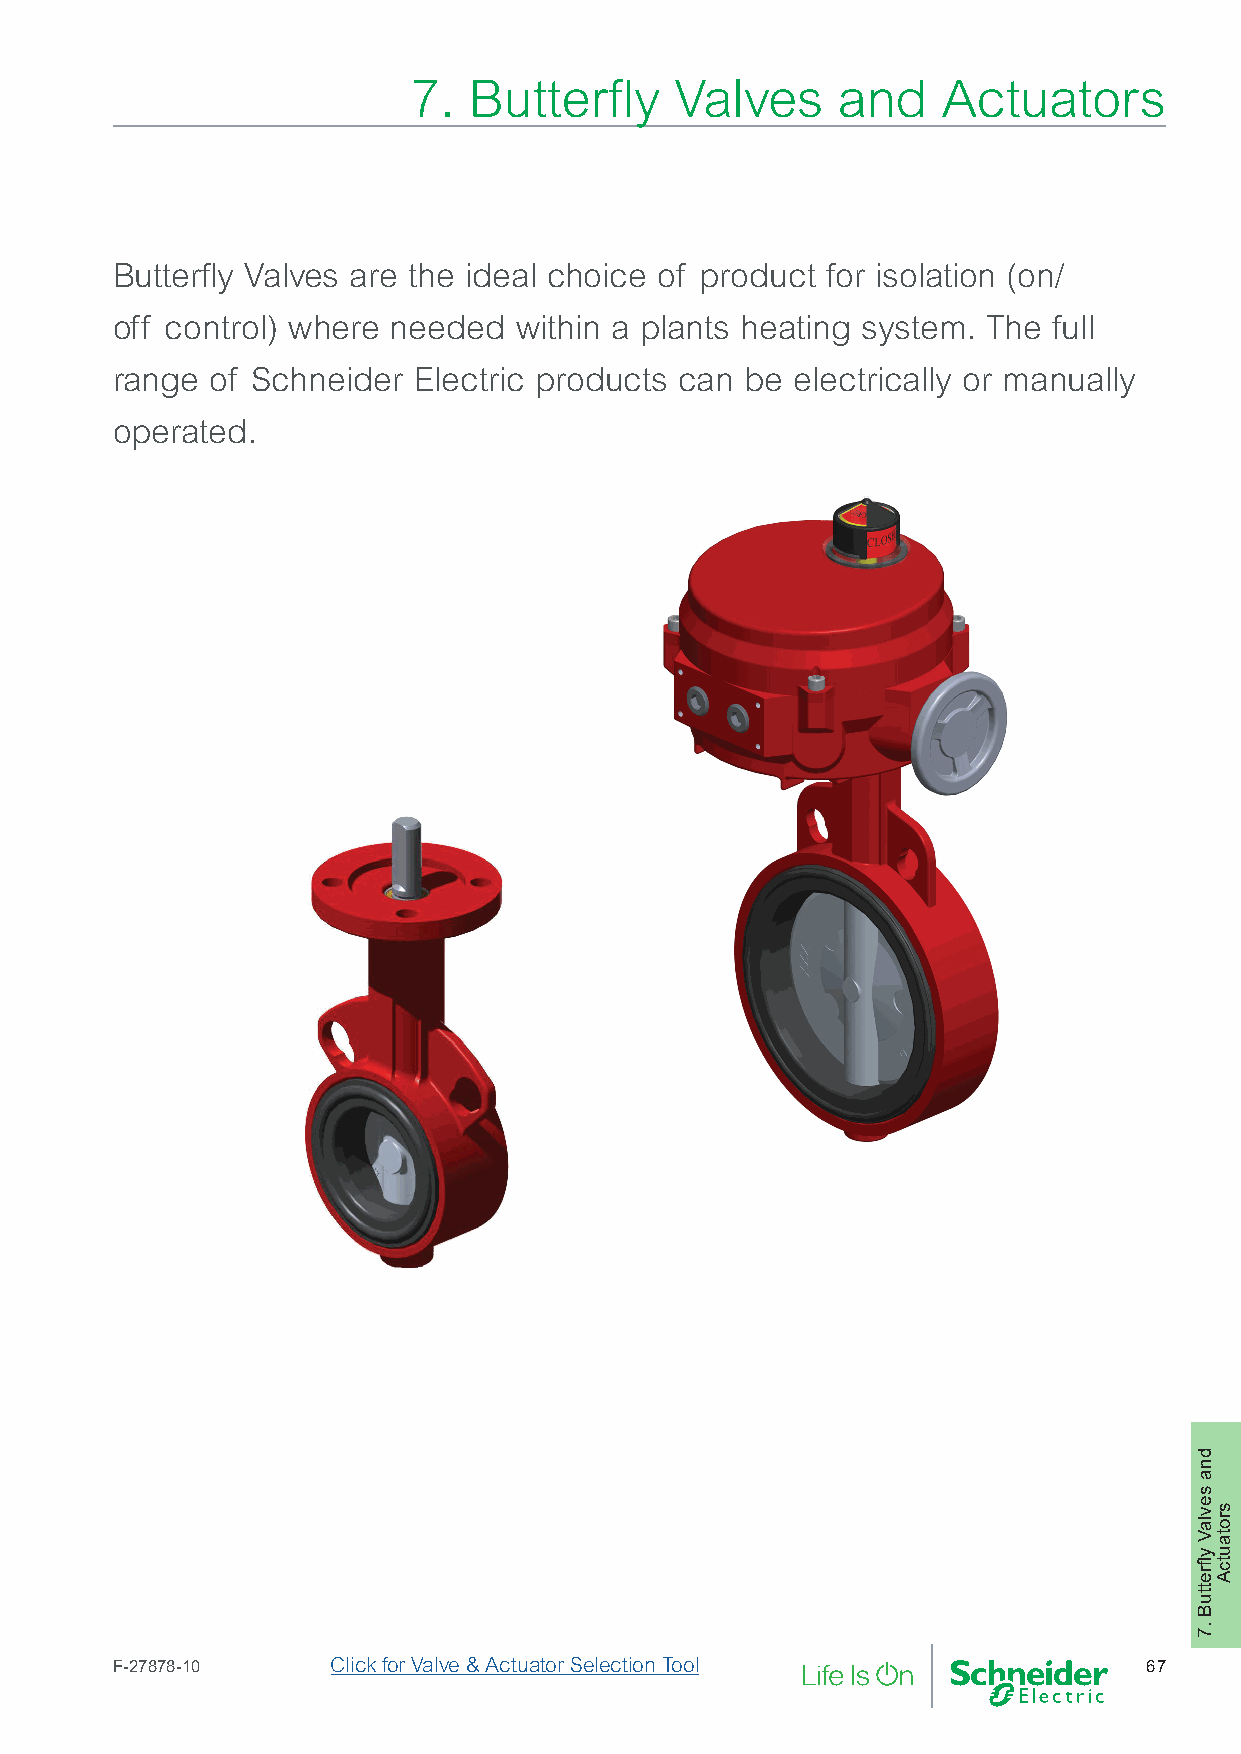
7.  Butterfly     Valves    and    Actuators
 Butterfly Valves are the ideal choice of product for isolation (on/
 off control) where needed  within a plants heating system. The full
 range  of Schneider Electric products can be  electrically or manually
 operated.
 F-27878-10     Click for Valve & Actuator Selection Tool             67
 dna
 sevlaV
 yflrettuB
 .7
 srotautcA